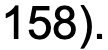
158).